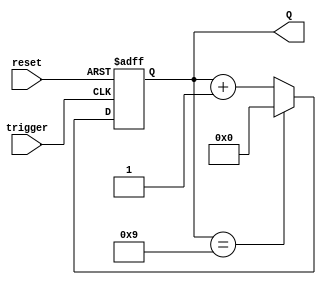
module BCD_Asynchronous_Counter (
    input wire trigger,      // Input trigger for counting
    input wire reset,        // Active high reset signal
    output reg [3:0] Q       // 4-bit output for the BCD count
);

// Asynchronous reset and counting logic
always @(posedge trigger or posedge reset) begin
    if (reset) begin
        Q <= 4'b0000; // Reset the counter to 0
    end else begin
        if (Q == 4'b1001) begin
            Q <= 4'b0000; // Reset to 0 after reaching 9
        end else begin
            Q <= Q + 1; // Increment the counter
        end
    end
end

endmodule